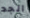
الجد